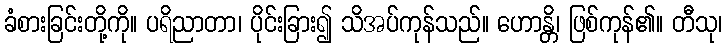
ခံစားခြင်းတို့ကို။ ပရိညာတာ၊ ပိုင်းခြား၍ သိအပ်ကုန်သည်။ ဟောန္တိ၊ ဖြစ်ကုန်၏။ တီသု၊